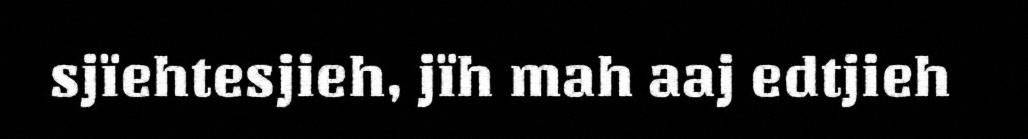
sjïehtesjieh, jïh mah aaj edtjieh